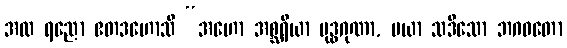
အထ ရညော ဧတဒဟောသိ “အဟော အစ္ဆရိယာ ဗုဒ္ဓဂုဏာ, မယာ သဒိသော ဘဂဝတော